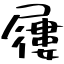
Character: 屨